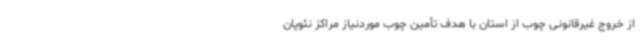
از خروج غیرقانونی چوب از استان با هدف تأمین چوب موردنیاز مراکز نئوپان